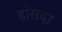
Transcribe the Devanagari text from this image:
हांसदा